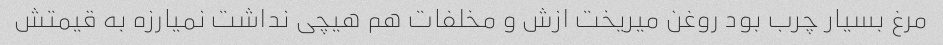
مرغ بسیار چرب بود روغن میریخت ازش و مخلفات هم هیچی نداشت نمیارزه به قیمتش